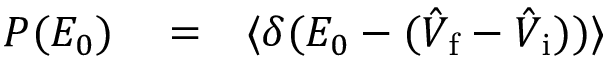
\begin{array} { r l r } { P ( E _ { 0 } ) } & { { } = } & { \langle \delta ( E _ { 0 } - ( \hat { V } _ { \mathrm { f } } - \hat { V } _ { \mathrm { i } } ) ) \rangle } \end{array}